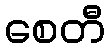
စေတီ